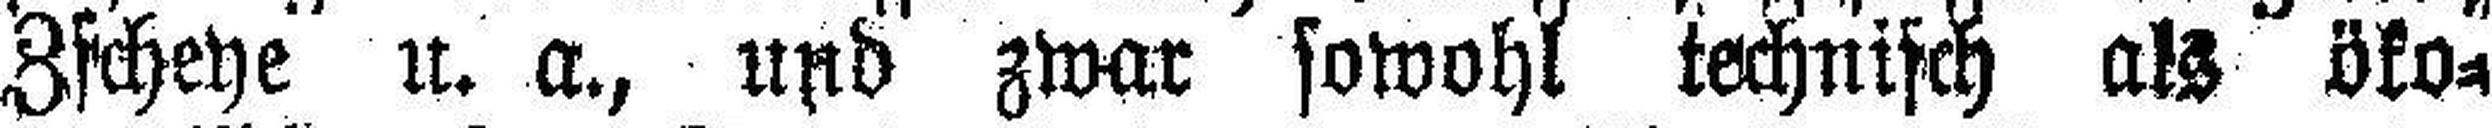
Zscheye u. a., und zwar sowohl technisch als öko¬